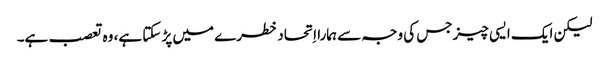
‏ لیکن ایک ایسی چیز جس کی وجہ سے ہمارا اِتحاد خطرے میں پڑ سکتا ہے،‏ وہ تعصب ہے۔